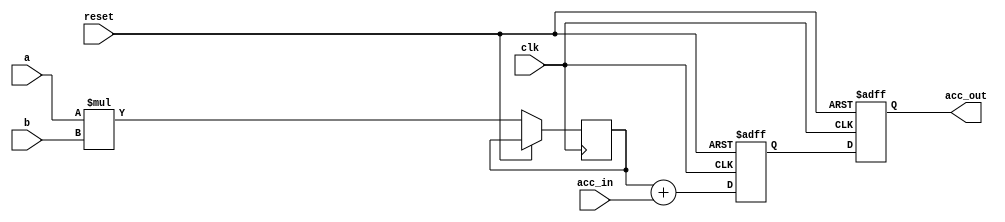
module mac(
    input wire clk,
    input wire reset,
    input wire [7:0] a,
    input wire [7:0] b,
    input wire [15:0] acc_in,
    output reg [15:0] acc_out
);

    // Internal signals
    reg [15:0] product;
    reg [15:0] accumulator;

    always @(posedge clk or posedge reset) begin
        if (reset) begin
            accumulator <= 16'b0;
        end else begin
            product <= a * b;
            accumulator <= product + acc_in;
        end
    end

    always @(posedge clk or posedge reset) begin
        if (reset) begin
            acc_out <= 16'b0;
        end else begin
            acc_out <= accumulator;
        end
    end

endmodule